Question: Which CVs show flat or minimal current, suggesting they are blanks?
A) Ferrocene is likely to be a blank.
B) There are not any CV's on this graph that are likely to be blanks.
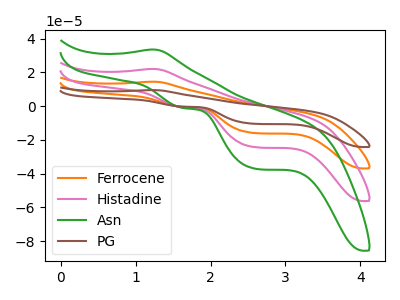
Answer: <think>The orange curve "Ferrocene" has an anodic peak at (1.25V, 44.00uA) and cathodic peaks at (1.65V, -1.50uA) (2.60V, -48.70uA). The pink curve "Histadine" has an anodic peak at (1.25V, 22.00uA) and cathodic peaks at (1.65V, -0.75uA) (2.60V, -24.35uA). The green curve "Asn" has an anodic peak at (1.25V, 33.50uA) and cathodic peaks at (1.65V, -1.15uA) (2.60V, -37.10uA). The brown curve "PG" has an anodic peak at (1.25V, 66.00uA) and cathodic peaks at (1.65V, -2.25uA) (2.60V, -73.05uA).</think>
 <answer>B) There are not any CV's on this graph that are likely to be blanks.</answer>
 <eval>B</eval>